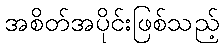
အစိတ်အပိုင်းဖြစ်သည့်